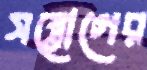
সম্ভোগের